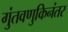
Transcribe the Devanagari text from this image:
गुंतवणुकिनंतर